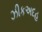
ઝીકઅદહ